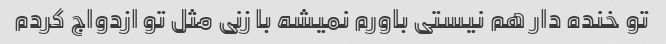
تو خنده دار هم نیستی باورم نمیشه با زنی مثل تو ازدواج کردم